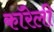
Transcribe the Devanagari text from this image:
कॉरेली